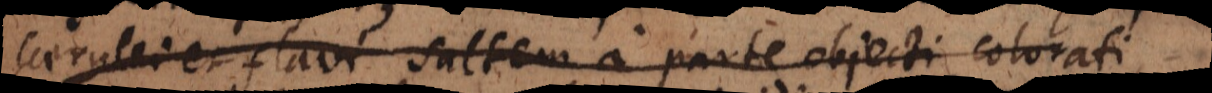
caerulei et flavi saltem a parte objecti colorati,